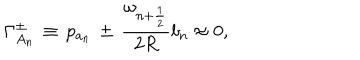
\Gamma _ { A _ { n } } ^ { \pm } \, \equiv \, p _ { a _ { n } } \, \pm \, \frac { \omega _ { n + \frac { 1 } { 2 } } } { 2 R } b _ { n } \approx 0 ,